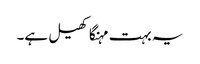
یہ بہت مہنگا کھیل ہے۔